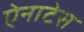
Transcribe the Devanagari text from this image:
ऐनाटेस